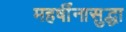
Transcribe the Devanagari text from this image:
महर्षींनासुद्धा